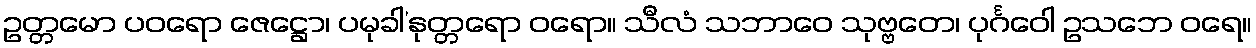
ဥတ္တမော ပဝရော ဇေဋ္ဌော၊ ပမုခါ’နုတ္တရော ဝရော။ သီလံ သဘာဝေ သုဗ္ဗတေ၊ ပုင်္ဂဝေါ ဥသဘေ ဝရေ။